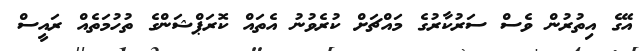
އޭގެ އިތުރުން ވެސް ސަރުކާރުގެ މައްޗަށް ކުރެވުނު އެތައް ކޮރަޕްޝަންގެ ތުހުމަތެއް ރައީސް